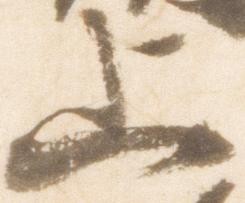
上